Account of plague administration in the Bombay Presidency from September 1896 till May 1897
Year: 1896
Disease focus: Plague
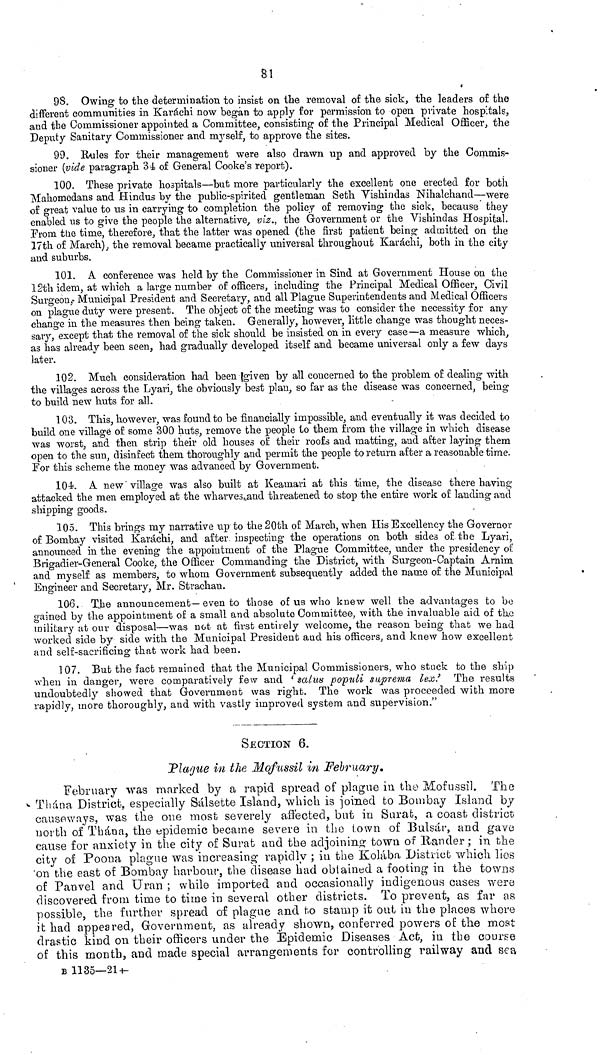
81
98. Owing to the determination to insist on the removal of the sick, the leaders of the
different communities in Karáchi now began to apply for permission to open private hospitals,
and the Commissioner appointed a Committee, consisting of the Principal Medical Officer, the
Deputy Sanitary Commissioner and myself, to approve the sites.
99. Rules for their management were also drawn up and approved by the Commis-
sioner (vide paragraph 34 of General Cooke's report).
100. These private hospitals—but more particularly the excellent one erected for both
Mahomodans and Hindus by the public-spirited gentleman Seth Vishindas Nihalchand—were
of great value to us in carrying to completion the policy of removing the sick, because they
enabled us to give the people the alternative, viz., the Government or the Vishindas Hospital.
From the time, therefore, that the latter was opened (the first patient being admitted on the
17th of March), the removal became practically universal throughout Karáchi, both in the city
and suburbs.
101. A conference was held by the Commissioner in Sind at Government House on the
12th idem, at which a large number of officers, including the Principal Medical Officer, Civil
Surgeon, Municipal President and Secretary, and all Plague Superintendents and Medical Officers
on plague duty were present. The object of the meeting was to consider the necessity for any
change in the measures then being taken. Generally, however, little change was thought neces-
sary, except that the removal of the sick should be insisted on in every case—a measure which,
as has already been seen, had gradually developed itself and became universal only a few days
later.
102. Much consideration had been given by all concerned to the problem of dealing with
the villages across the Lyari, the obviously best plan, so far as the disease was concerned, being
to build new huts for all.
103. This, however, was found to be financially impossible, and eventually it was decided to
build one village of some 300 huts, remove the people to them from the village in which disease
was worst, and then strip their old houses of their roofs and matting, and after laying them
open to the sun, disinfect them thoroughly and permit the people to return after a reasonable time.
For this scheme the money was advanced by Government.
104. A new "village was also built at Keamari at this time, the disease there having
attacked the men employed at the wharves and threatened to stop the entire work of landing and
shipping goods.
105. This brings my narrative up to the 20th of March, when His Excellency the Governor
of Bombay visited Karachi, and after inspecting the operations on both sides of the Lyari,
announced in the evening the appointment of the Plague Committee, under the presidency of
Brigadier-General Cooke, the Officer Commanding the District, with Surgeon-Captain Arnim
and myself as members, to whom Government subsequently added the name of the Municipal
Engineer and Secretary, Mr. Strachan.
106. The announcement—even to those of us who knew well the advantages to be
gained by the appointment of a small and absolute Committee, with the invaluable aid of the
military at our disposal—was not at first entirely welcome, the reason being that we had
worked side by side with the Municipal President and his officers, and knew how excellent
and self-sacrificing that work had been.
107. But the fact remained that the Municipal Commissioners, who stuck to the ship
when in danger, were comparatively few and 'salus populi suprema lex.' The results
undoubtedly showed that Government was right. The work was proceeded with more
rapidly, more thoroughly, and with vastly improved system and supervision."
SECTION 6.
Plague in the Mofussil in February.
February was marked by a rapid spread of plague in the Mofussil. The
Thána District, especially Sálsette Island, which is joined to Bombay Island by
causeways, was the one most severely affected, but in Surat, a coast district
north of Thána, the epidemic became severe in the town of Bulsár, and gave
cause for anxiety in the city of Surat and the adjoining town of Rander ; in the
city of Poona plague was increasing rapidly ; in the Kolába District which lies
on the east of Bombay harbour, the disease had obtained a footing in the towns
of Panvel and Uran ; while imported and occasionally indigenous cases were
discovered from time to time in several other districts. To prevent, as far as
possible, the further spread of plague and to stamp it out in the places where
it had appeared, Government, as already shown, conferred powers of the most
drastic kind on their officers under the Epidemic Diseases Act, in the course
of this month, and made special arrangements for controlling railway and sea
B 1135—21—